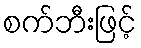
စက်ဘီးဖြင့်